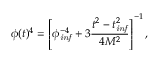
\phi ( t ) ^ { 4 } = \left[ \phi _ { \it i n f } ^ { - 4 } + 3 \frac { t ^ { 2 } - t _ { \it i n f } ^ { 2 } } { 4 M ^ { 2 } } \right] ^ { - 1 } ,